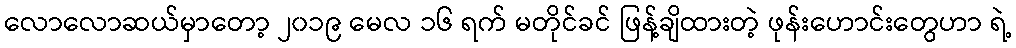
လောလောဆယ်မှာတော့ ၂၀၁၉ မေလ ၁၆ ရက် မတိုင်ခင် ဖြန့်ချိထားတဲ့ ဖုန်းဟောင်းတွေဟာ ရဲ့